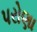
પરોણા